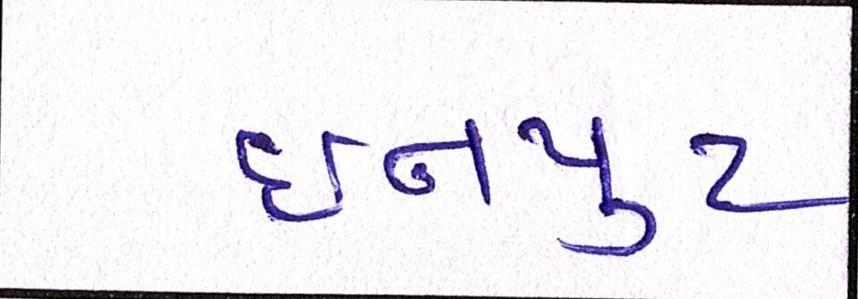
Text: ઇનપુટ